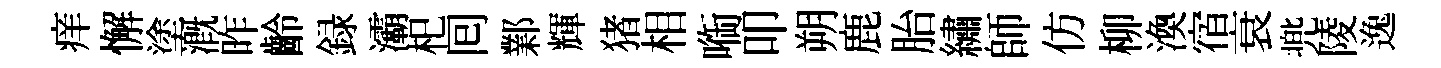
痒懈塗溉昨齡録灞𣏌囘鄴輝猪相㗸叩朔鹿胎繡師仿柳渙宿衰兠陵逸